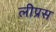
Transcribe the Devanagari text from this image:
लीप्रस